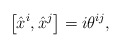
\begin{align*}\left[ \hat{x}^i , \hat{x}^j\right] = i\theta^{ij},\end{align*}